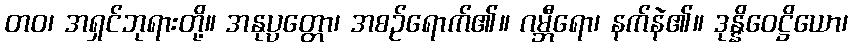
တဝ၊ အရှင်ဘုရားတို့။ အနုပ္ပတ္တော၊ အစဉ်ရောက်၏။ ဂမ္ဘီရော၊ နက်နဲ၏။ ဒုန္နိဝေဋ္ဌိယော၊